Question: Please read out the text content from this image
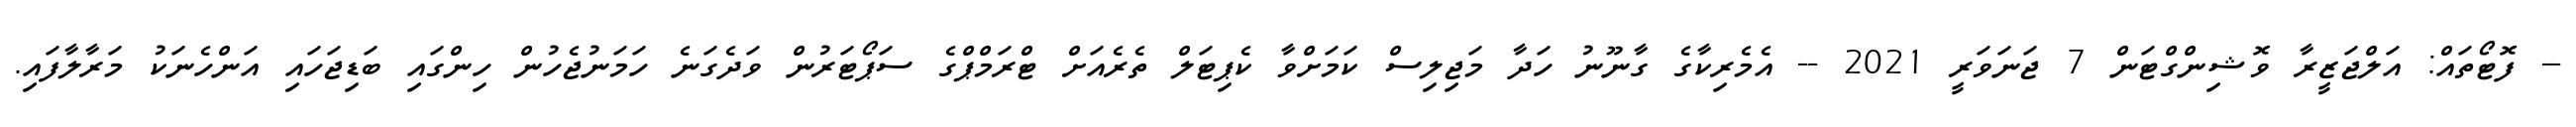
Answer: -- ފޮޓޯތައް: އަލްޖަޒީރާ ވޮޝިންގްޓަން 7 ޖަނަވަރީ 2021 -- އެމެރިކާގެ ގާނޫނު ހަދާ މަޖިލިސް ކަމަށްވާ ކެޕިޓަލް ތެރެއަށް ޓްރަމްޕްގެ ސަޕޯޓަރުން ވަދެގަނެ ހަމަނުޖެހުން ހިންގައި ބަޑިޖަހައި އަންހެނަކު މަރާލާފައި.